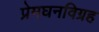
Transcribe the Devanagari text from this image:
प्रेमघनविग्रह